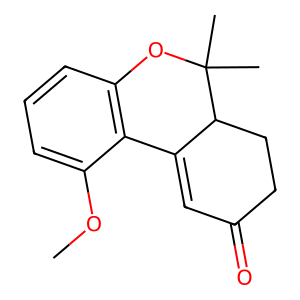
SMILES: COc1cccc2c1C1=CC(=O)CCC1C(C)(C)O2
Inhibits HIV replication: No